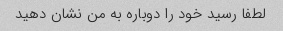
لطفا رسید خود را دوباره به من نشان دهید